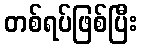
တစ်ရပ်ဖြစ်ပြီး